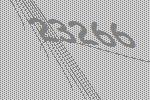
23266